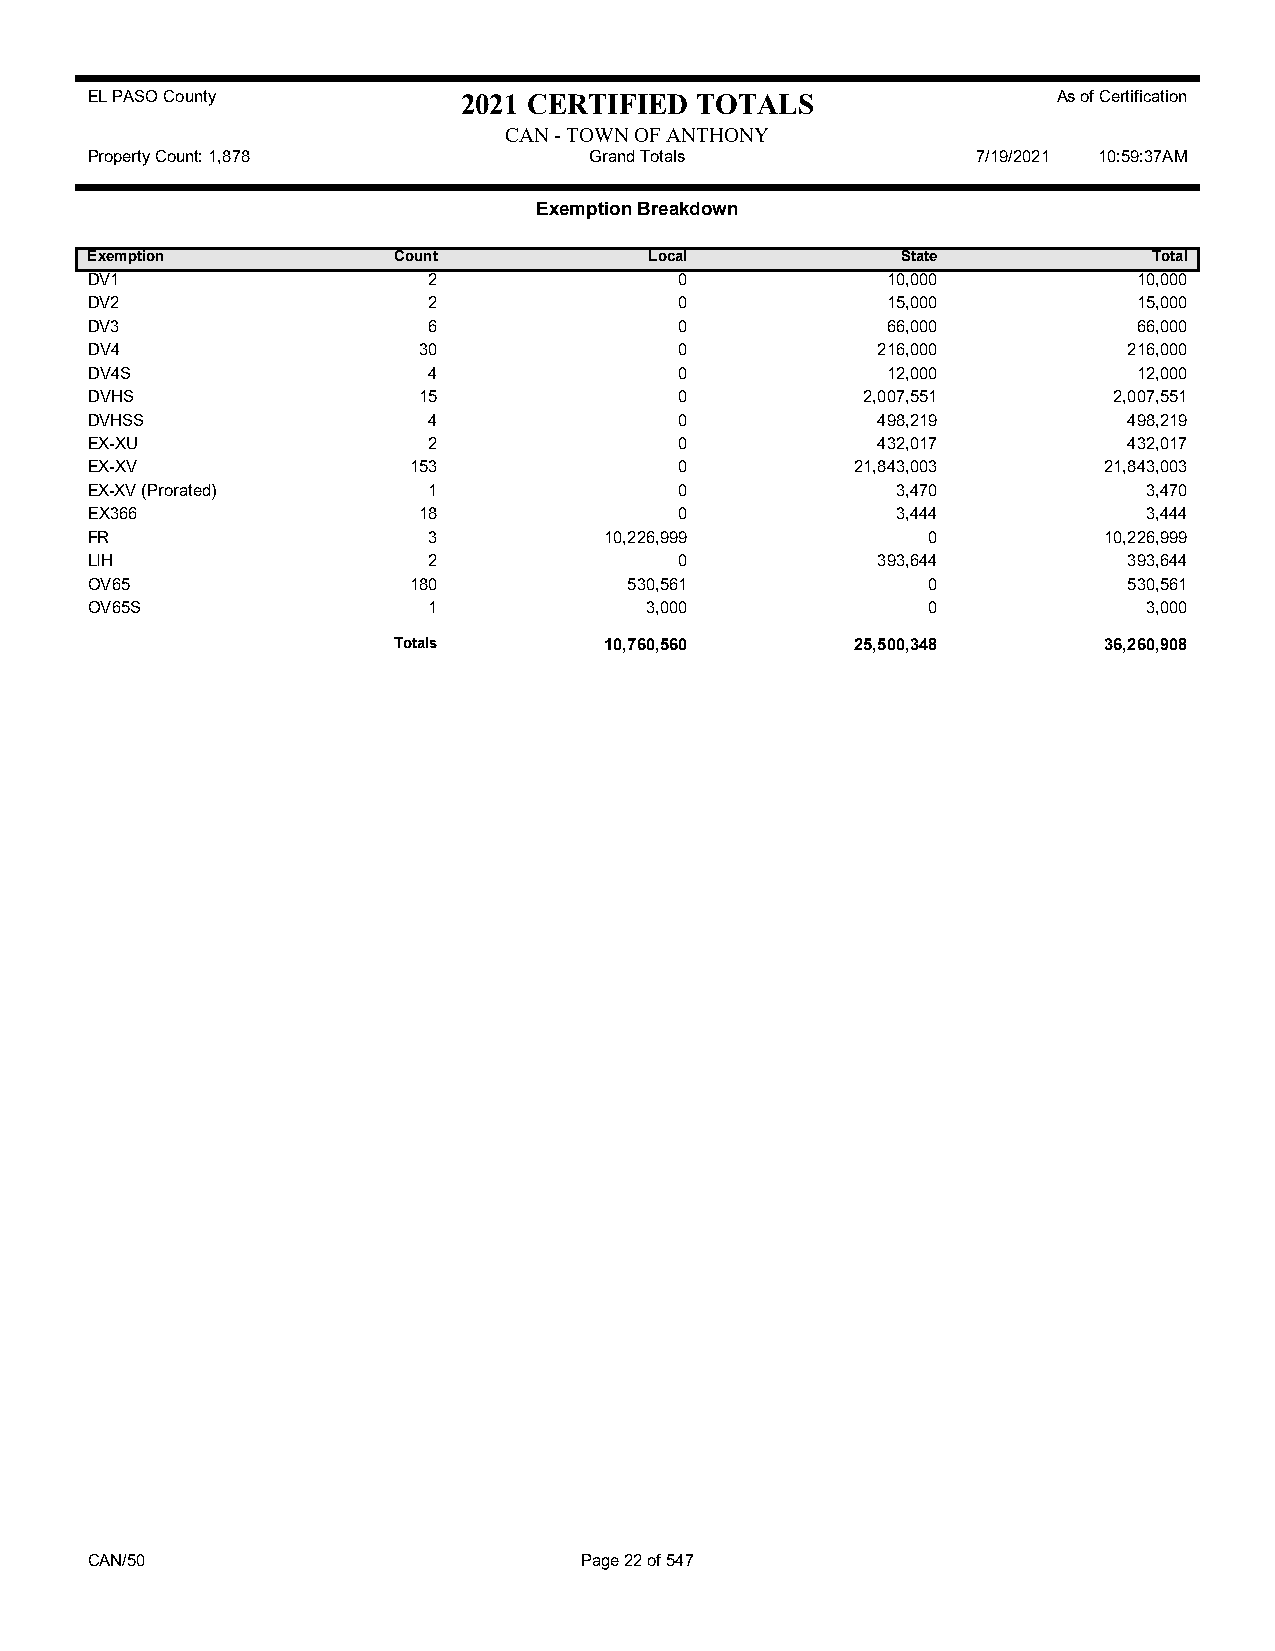
EL PASO County           2021 CERTIFIED TOTALS                  As of Certification
 CAN - TOWN OF ANTHONY
 Property Count: 1,878            Grand Totals              7/19/2021 10:59:37AM
 Exemption Breakdown
 Exemption           Count            Local            State           Total
 DV1                   2                0             10,000          10,000
 DV2                   2                0             15,000          15,000
 DV3                   6                0             66,000          66,000
 DV4                   30               0            216,000          216,000
 DV4S                  4                0             12,000          12,000
 DVHS                  15               0           2,007,551        2,007,551
 DVHSS                 4                0            498,219          498,219
 EX-XU                 2                0            432,017          432,017
 EX-XV                153               0           21,843,003      21,843,003
 EX-XV (Prorated)      1                0             3,470            3,470
 EX366                 18               0             3,444            3,444
 FR                    3           10,226,999           0           10,226,999
 LIH                   2                0            393,644          393,644
 OV65                 180            530,561            0             530,561
 OV65S                 1              3,000             0              3,000
 Totals        10,760,560       25,500,348      36,260,908
 CAN/50                          Page 22 of 547